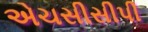
એચસીસીપી